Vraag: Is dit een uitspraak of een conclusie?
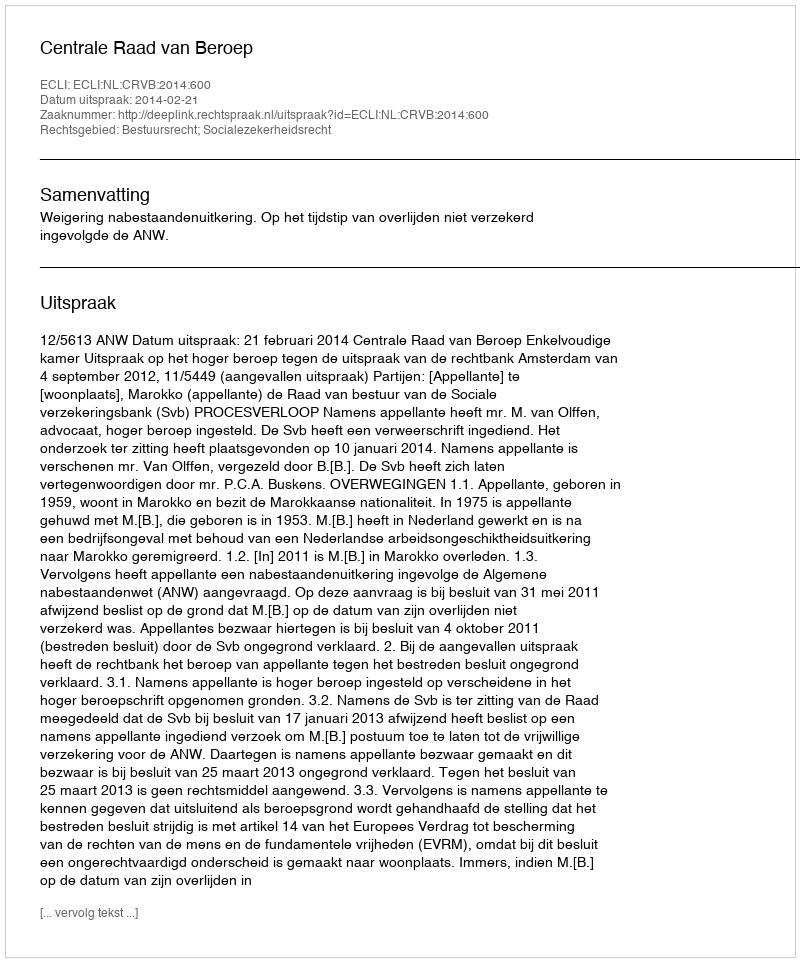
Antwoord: Uitspraak